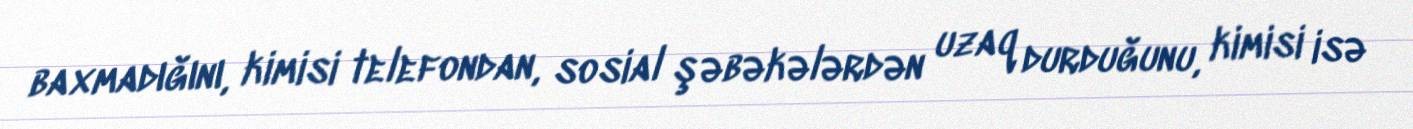
baxmadığını, kimisi telefondan, sosial şəbəkələrdən uzaq durduğunu, kimisi isə